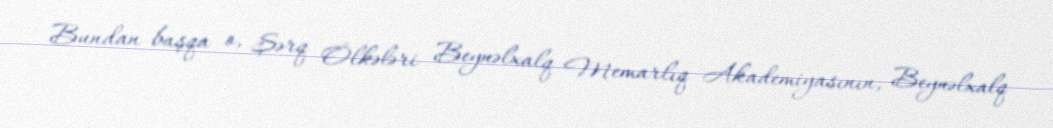
Bundan başqa o, Şərq Ölkələri Beynəlxalq Memarlıq Akademiyasının, Beynəlxalq